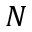
N